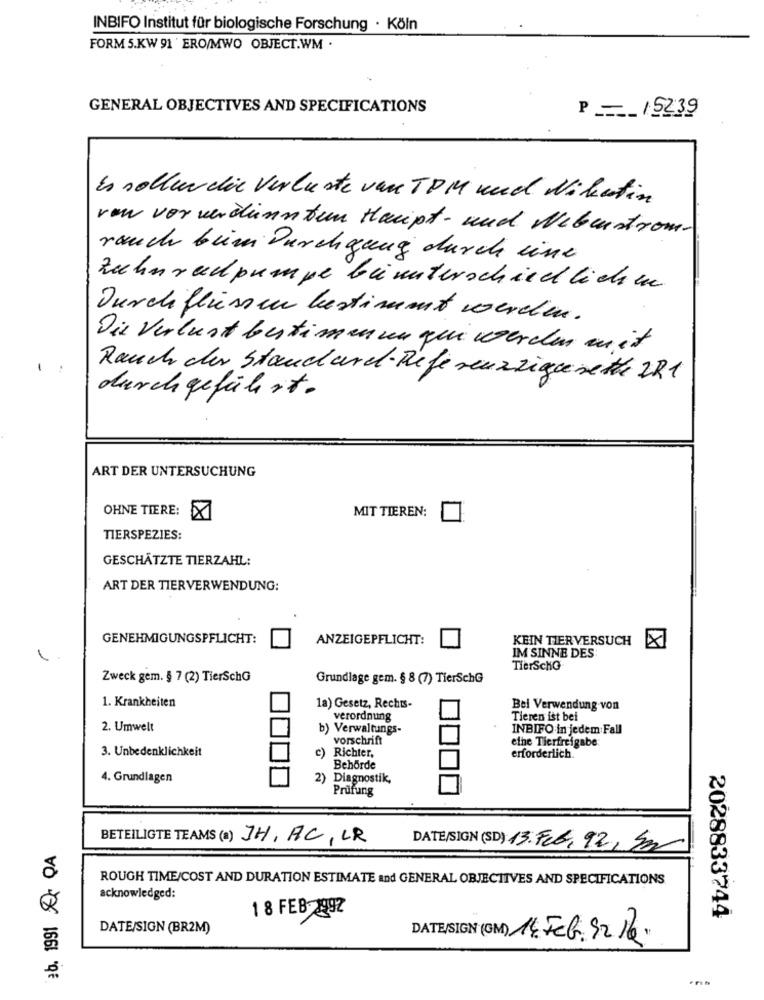
INBIFO Institut für biologische Forschung · Köln
FORM 5.KW 91 ' ERO/MWO OBJECT.WM .
GENERAL OBJECTIVES AND SPECIFICATIONS
P- 15239
Es sollur die Verluste van TPM und Wikertin
von vor verdiensten Haupt- und Nebenstrom-
rauch bim Durchgang durch eine
Zahnradpumpe beiunterschiedlichen
Durchflüssen bestimmt werden.
Die Verlust bestimmen qui werden mit
. .
Rauch der Standard- Referenzzigarette ZR1
durchgeführt.
ART DER UNTERSUCHUNG
OHNE TIERE: X
MIT TIEREN:
TIERSPEZIES:
GESCHÄTZTE TIERZAHL:
ART DER TIERVERWENDUNG:
GENEHMIGUNGSPFLICHT:
ANZEIGEPFLICHT:
KEIN TIERVERSUCH
IM SINNE DES
TierSchG
Zweck gem. § 7 (2) TierSchG
Grundlage gem. § 8 (7) TierSchG
1. Krankheiten
1a) Gesetz, Rechts-
Bei Verwendung von
verordnung
Tieren ist bei
2. Umwelt
b) Verwaltungs-
INBIFO in jedem Fall
vorschrift
ethe Tierfreigabe
3. Unbedenklichkeit
erforderlich.
c) Richter,
Behörde
4. Grundlagen
2) Diagnostik,
Prüfung
BETEILIGTE TEAMS(a) JH, AC CR
eb. 1991 Ær QA
DATE/SIGN (SD) 13. Feb, 92, 50
ROUGH TIME/COST AND DURATION ESTIMATE and GENERAL OBJECTIVES AND SPECIFICATIONS
acknowledged:
1 8 FEB 1992
2028833744
DATE/SIGN (BR2M)
DATE/SIGN (OM) 14. Feb. Sr. P.